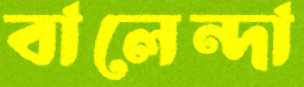
বালেন্দা